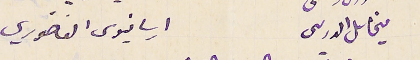
ميخاىل الدرىىى                        ارسانيوس الفاخوري